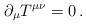
LaTeX: \begin{align*}\partial_{\mu}T^{\mu\nu}=0 \,. \end{align*}